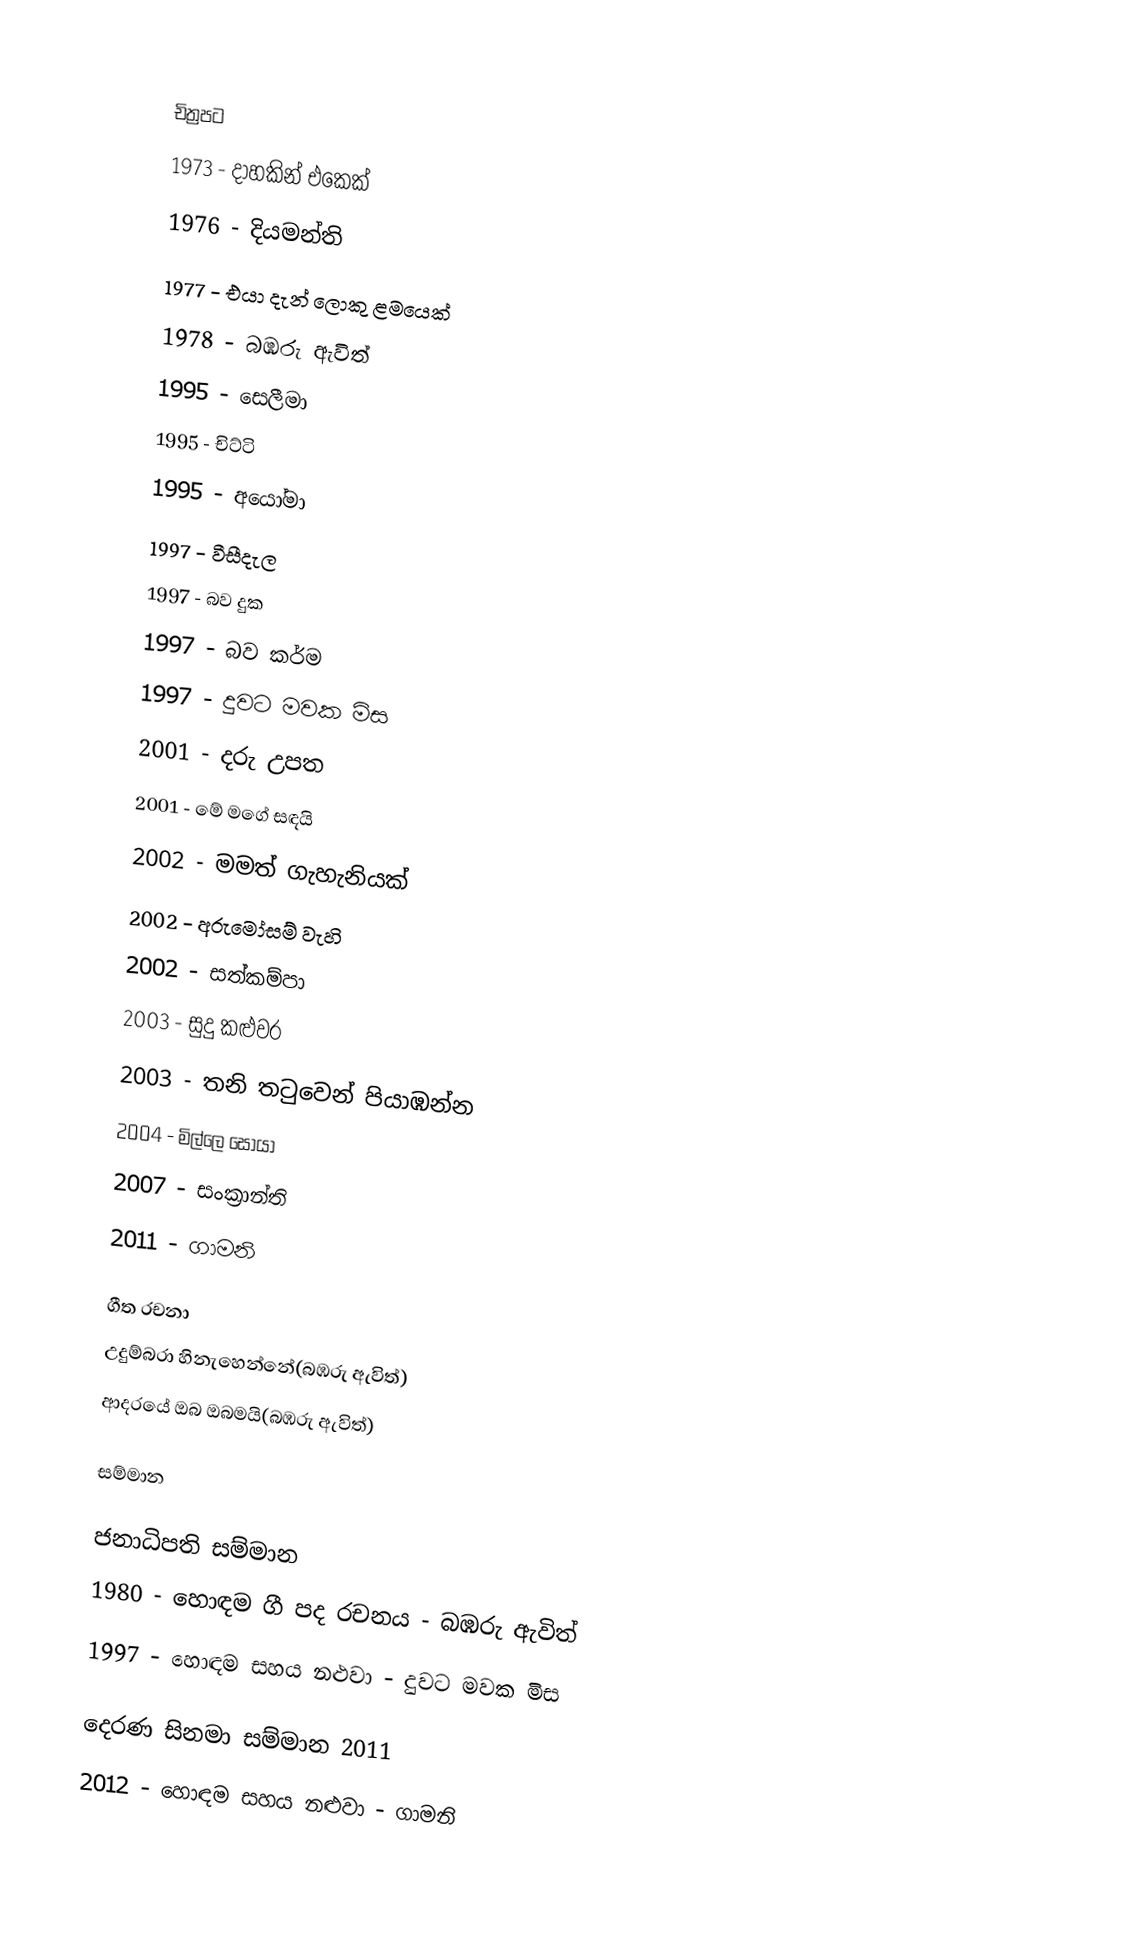

චිත්‍රපට
1973 - දාහකින් එකෙක්
1976 - දියමන්‍ති
1977 - එයා දැන් ලොකු ළමයෙක්
1978 - බඹරු ඇවිත්
1995 - සෙලීමා
1995 - චිට්ටි
1995 - අයෝමා
1997 - වීසීදැල
1997 - බව දුක
1997 - බව කර්ම
1997 - දුවට මවක මිස
2001 - දරු උපත
2001 - මේ මගේ සඳයි
2002 - මමත් ගැහැනියක්
2002 - අරුමෝසම් වැහි
2002 - සත්කම්පා
2003 - සුදු කළුවර
2003 - තනි තටුවෙන් පියාඹන්න
2004 - මිල්ලෙ සොයා
2007 - සංක්‍රාන්ති
2011 - ගාමනි

ගීත රචනා
උදුම්බරා හිනැහෙන්නේ(බඹරු ඇවිත්)
ආදරයේ ඔබ ඔබමයි(බඹරු ඇවිත්)

සම්මාන

ජනාධිපති සම්මාන
1980 - හොඳම ගී පද රචනය - බඹරු ඇවිත්
1997 - හොඳම සහය නළුවා - දුවට මවක මිස

දෙරණ සිනමා සම්මාන 2011
2012 - හොඳම සහය නළුවා - ගාමනි